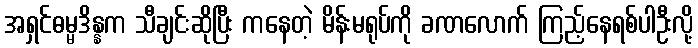
အရှင်ဓမ္မဒိန္နက သီချင်းဆိုပြီး ကနေတဲ့ မိန်းမရုပ်ကို ခဏလောက် ကြည့်နေရစ်ပါဦးလို့